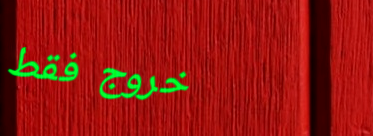
خروج فقط